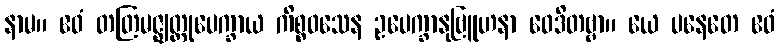
နာမ။ ဧဝံ တတြမဇ္ဈတ္တုပေက္ခာယ ကိစ္စဝသေန ဥပေက္ခာနုဗြူဟနာ ဝေဒိတဗ္ဗာ။ ယေ ပနေတေ ဧဝံ